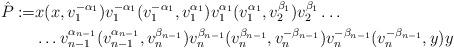
LaTeX: \begin{align*} \hat{P} := &x (x,v_1^{-\alpha_1}) v_1^{-\alpha_1} (v_1^{-\alpha_1}, v_1^{\alpha_1}) v_1^{\alpha_1} (v_1^{\alpha_1},v_{2}^{\beta_1}) v_2^{\beta_1} \dots \\ &\dots v_{n-1}^{\alpha_{n-1}} (v_{n-1}^{\alpha_{n-1}},v_{n}^{\beta_{n-1}}) v_n^{\beta_{n-1}} (v_n^{\beta_{n-1}}, v_n^{-\beta_{n-1}}) v_n^{-\beta_{n-1}} (v_{n}^{-\beta_{n-1}},y) y\end{align*}